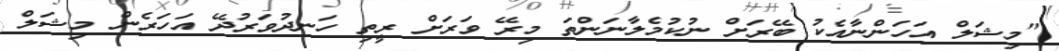
"މިޝަލް އަހަންނާއެކު ބޭރަށް ނުކުމެލާނަންތަ މިރޭ ވަރަށް ރީތި ހަނދުވަރުދޭ އަހަރެން މިޝަލް